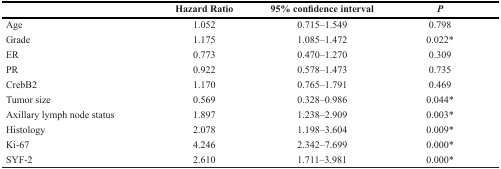
<table><thead><tr><td></td><td><b>Hazard Ratio</b></td><td><b>95% confidence interval</b></td><td><b><i>P</i></b></td></tr></thead><tbody><tr><td>Age</td><td>1.052</td><td>0.715–1.549</td><td>0.798</td></tr><tr><td>Grade</td><td>1.175</td><td>1.085–1.472</td><td>0.022*</td></tr><tr><td>ER</td><td>0.773</td><td>0.470–1.270</td><td>0.309</td></tr><tr><td>PR</td><td>0.922</td><td>0.578–1.473</td><td>0.735</td></tr><tr><td>CrebB2</td><td>1.170</td><td>0.765–1.791</td><td>0.469</td></tr><tr><td>Tumor size</td><td>0.569</td><td>0.328–0.986</td><td>0.044*</td></tr><tr><td>Axillary lymph node status</td><td>1.897</td><td>1.238–2.909</td><td>0.003*</td></tr><tr><td>Histology</td><td>2.078</td><td>1.198–3.604</td><td>0.009*</td></tr><tr><td>Ki-67</td><td>4.246</td><td>2.342–7.699</td><td>0.000*</td></tr><tr><td>SYF-2</td><td>2.610</td><td>1.711–3.981</td><td>0.000*</td></tr></tbody></table>